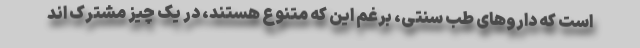
است که داروهای طب سنتی، برغم این که متنوع هستند، در یک چیز مشترک اند